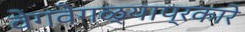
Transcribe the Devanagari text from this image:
वेगवेगळ्याप्रकारे